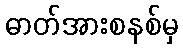
ဓာတ်အားစနစ်မှ